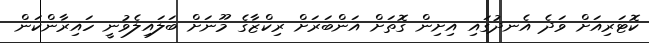
ކޮޓަރިއަށް ވަދެ އެނދުގައި އިށިން ގޮތަށް އަންބަރަށް ރިކްޒާގެ މޫނަށް ބަލައިލެވުނީ ހައިރާންކަން